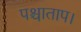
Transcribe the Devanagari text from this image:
पश्चाताप।